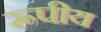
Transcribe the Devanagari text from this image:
रूपीय